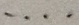
\cdots